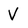
Character: V